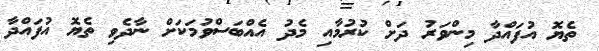
ތެޔޮ އުފައްދާ މިންވަރު ދަށް ކުރުމާއި މެދު އެއްބަސްވުމަކަށް ނާދެވި ތެޔޮ އުފައްދާ